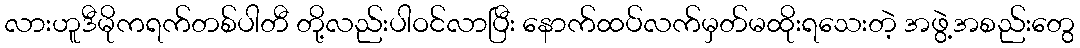
လားဟူဒီမိုကရက်တစ်ပါတီ တို့လည်းပါဝင်လာပြီး နောက်ထပ်လက်မှတ်မထိုးရသေးတဲ့ အဖွဲ့အစည်းတွေ